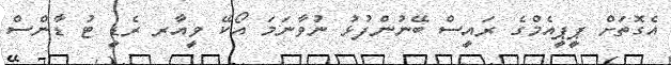
އެގޮތަށް ޕީޕީއެމްގެ ރައީސް ބޭނުންފުޅު ނުވާނަމަ އޯކޭ ވީއާރ ރެޑީ ޓު ޑާންސް